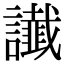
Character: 䜟